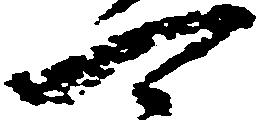
可